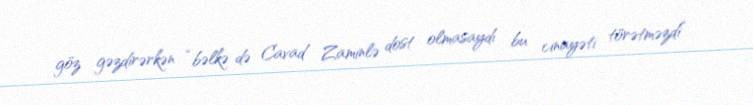
göz gəzdirərkən “bəlkə də Cavad Zaminlə dost olmasaydı bu cinayəti törətməzdi”